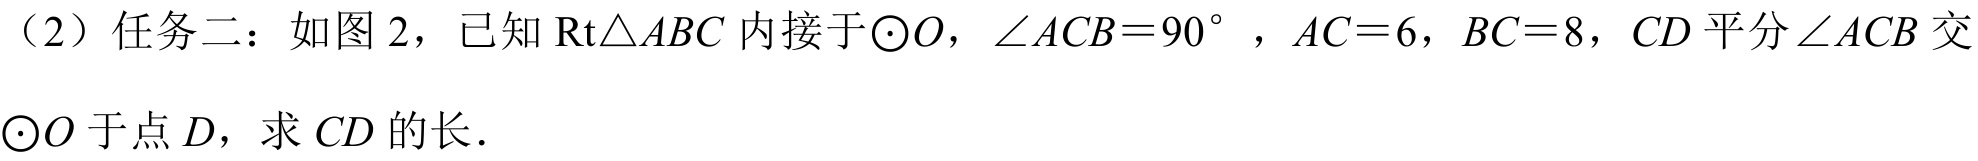
（2）任务二：如图 2，已知$\mathrm{Rt}\triangle ABC$内接于$\odot O$，$\angle ACB = 90^{\circ}$，$AC = 6$，$BC = 8$，$CD$平分$\angle ACB$交$\odot O$于点$D$，求$CD$的长．